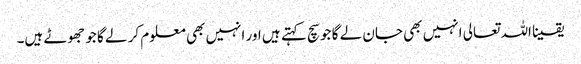
یقینا اللہ تعالی انہیں بھی جان لے گا جو سچ کہتے ہیں اور انہیں بھی معلوم کر لے گا جو جھوٹے ہیں۔